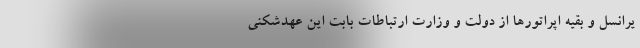
یرانسل و بقیه اپراتورها از دولت و وزارت ارتباطات بابت این عهدشکنی